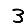
Digit: 3